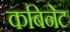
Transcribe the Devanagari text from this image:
कबिनेट